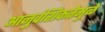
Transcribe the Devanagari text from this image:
आनुवंशिकतेमुळे